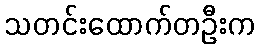
သတင်းထောက်တဦးက